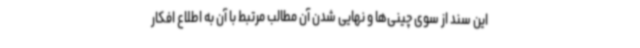
این سند از سوی چینی‌ها و نهایی شدن آن مطالب مرتبط با آن به اطلاع افکار